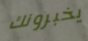
يخبرونك